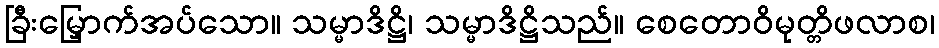
ခြီးမြှောက်အပ်သော။ သမ္မာဒိဋ္ဌိ၊ သမ္မာဒိဋ္ဌိသည်။ စေတောဝိမုတ္တိဖလာစ၊